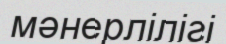
мәнерлілігі